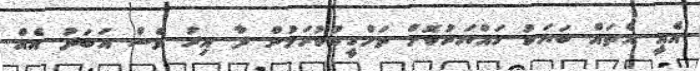
އެއީ އެތައް ބަޔަކު ހައްޔަރުކޮށް ތަހްގީގުކުރަމުން ދާ އިރު ވެސް އަބަދު އެއް